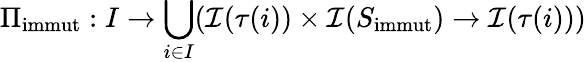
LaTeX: \Pi_{\textup{immut}}:I\rightarrow\bigcup_{i\in I}(\mathcal{I}(\tau(i))\times\mathcal{I}(S_{\textup{immut}})\rightarrow\mathcal{I}(\tau(i)))